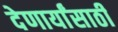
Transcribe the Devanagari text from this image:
देणार्यांसाठी